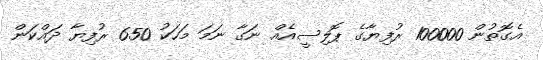
އެގޮތުން 100000 ރުފިޔާގެ ޕޮލިސީއެއް ނަގާ ނަމަ މަހަކު 650 ރުފިޔާ ދައްކަން